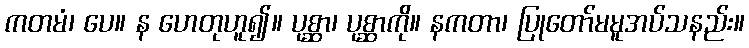
ကတမံ၊ ပေ။ န ဟေတုဟူ၍။ ပုစ္ဆာ၊ ပုစ္ဆာကို။ နကတာ၊ ပြုတော်မမူအပ်သနည်း။